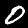
Label: 0